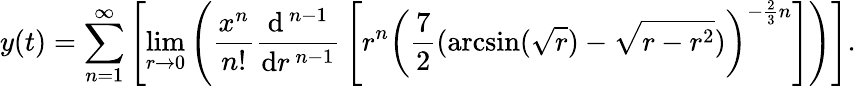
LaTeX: y(t)=\sum_{n=1}^{\infty}\left[\operatorname*{lim}_{r\to 0}\left({\frac{x^{n}}{n!}}{\frac{\mathrm{d}^{\, n-1}}{\mathrm{d}r^{\, n-1}}}\left[r^{n}\left({\frac{7}{2}}(\arcsin({\sqrt{r}})-{\sqrt{r-r^{2}}})\right)^{-{\frac{2}{3}}n}\right]\right)\right].